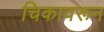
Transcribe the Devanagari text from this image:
चिकावरून